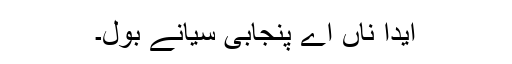
ایدا ناں اے پنجابی سیانے بول۔